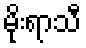
မိုးရာသီ